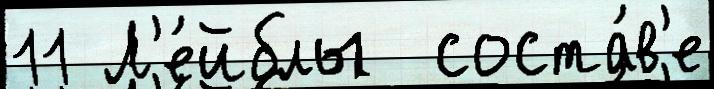
11 Л'е́йблы  соста́в'е